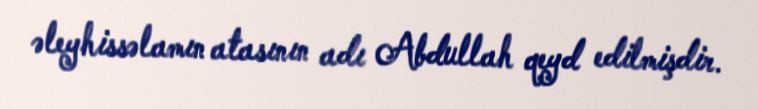
əleyhissəlamın atasının adı Abdullah qeyd edilmişdir.